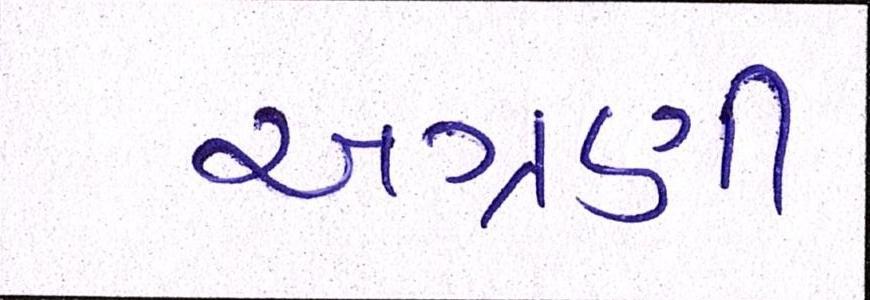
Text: અગ્રણી